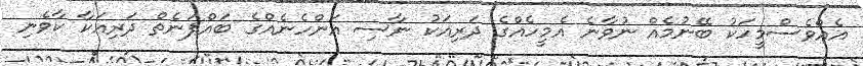
އެއްވެސްމީހަކު ބޭނުމެއް ނުވާނެ އެމީހެއްގެ ދަރިއަކު ނާސި އަންހެނެއްގެ ބައްޕަނެތް ދަރިއަކާ ކާވެނި